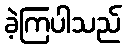
ခဲ့ကြပါသည်